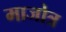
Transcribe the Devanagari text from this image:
माजोत्र